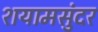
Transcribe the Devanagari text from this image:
शयामसुंदर